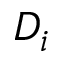
D _ { i }